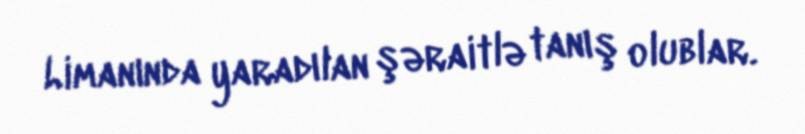
Limanında yaradılan şəraitlə tanış olublar.